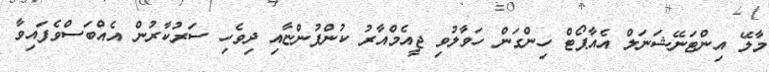
މާލޭ އިންޓަނޭޝަނަލް އެއާޕޯޓް ހިންގަން ހަވާލުވި ޖީއެމްއާރު ކުންފުންޏާއި ދިވެހި ސަރުކާރުން އެއްބަސްވެފައިވާ